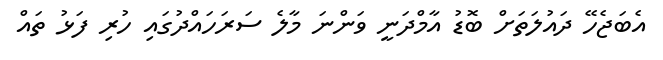
އެބަޖެހޭ ދައުލަތަށް ބޮޑު އާމްދަނީ ވަންނަ މާލެ ސަރަހައްދުގައި ހުރި ފަޅު ތައް